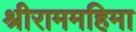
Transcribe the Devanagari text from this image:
श्रीराममहिमा